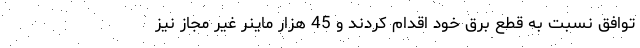
توافق نسبت به قطع برق خود اقدام کردند و 45 هزار ماینر غیر مجاز نیز